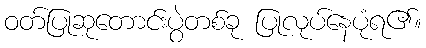
ဝတ်ပြုဆုတောင်းပွဲတစ်ခု ပြုလုပ်နေပုံရ၏။